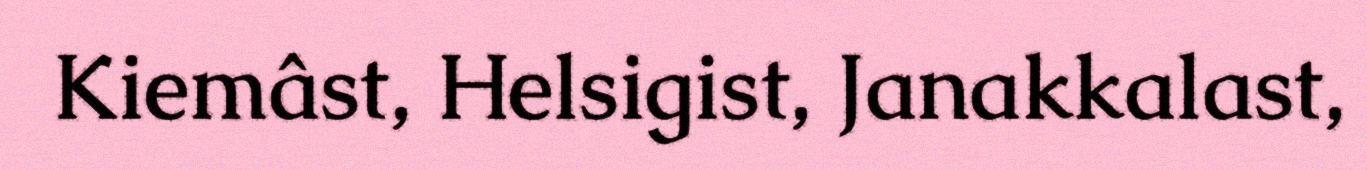
Kiemâst, Helsigist, Janakkalast,